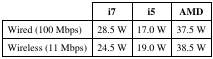
|  | i7 | i5 | AMD |
 | --- | --- | --- | --- |
 | Wired (100 Mbps) | 28.5 W | 17.0 W | 37.5 W |
 | Wireless (11 Mbps) | 24.5 W | 19.0 W | 38.5 W |